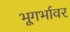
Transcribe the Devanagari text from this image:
भूगर्भावर